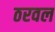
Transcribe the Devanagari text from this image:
ठरवल